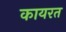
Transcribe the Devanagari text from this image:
कायरत